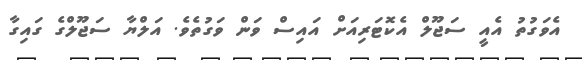
އެވަގުތު އެއީ ސަޖޫލް އެކޮޓަރިއަށް އައިސް ވަން ވަގުތެވެ. އަލްޔާ ސަޖޫލްގެ ގައިގާ